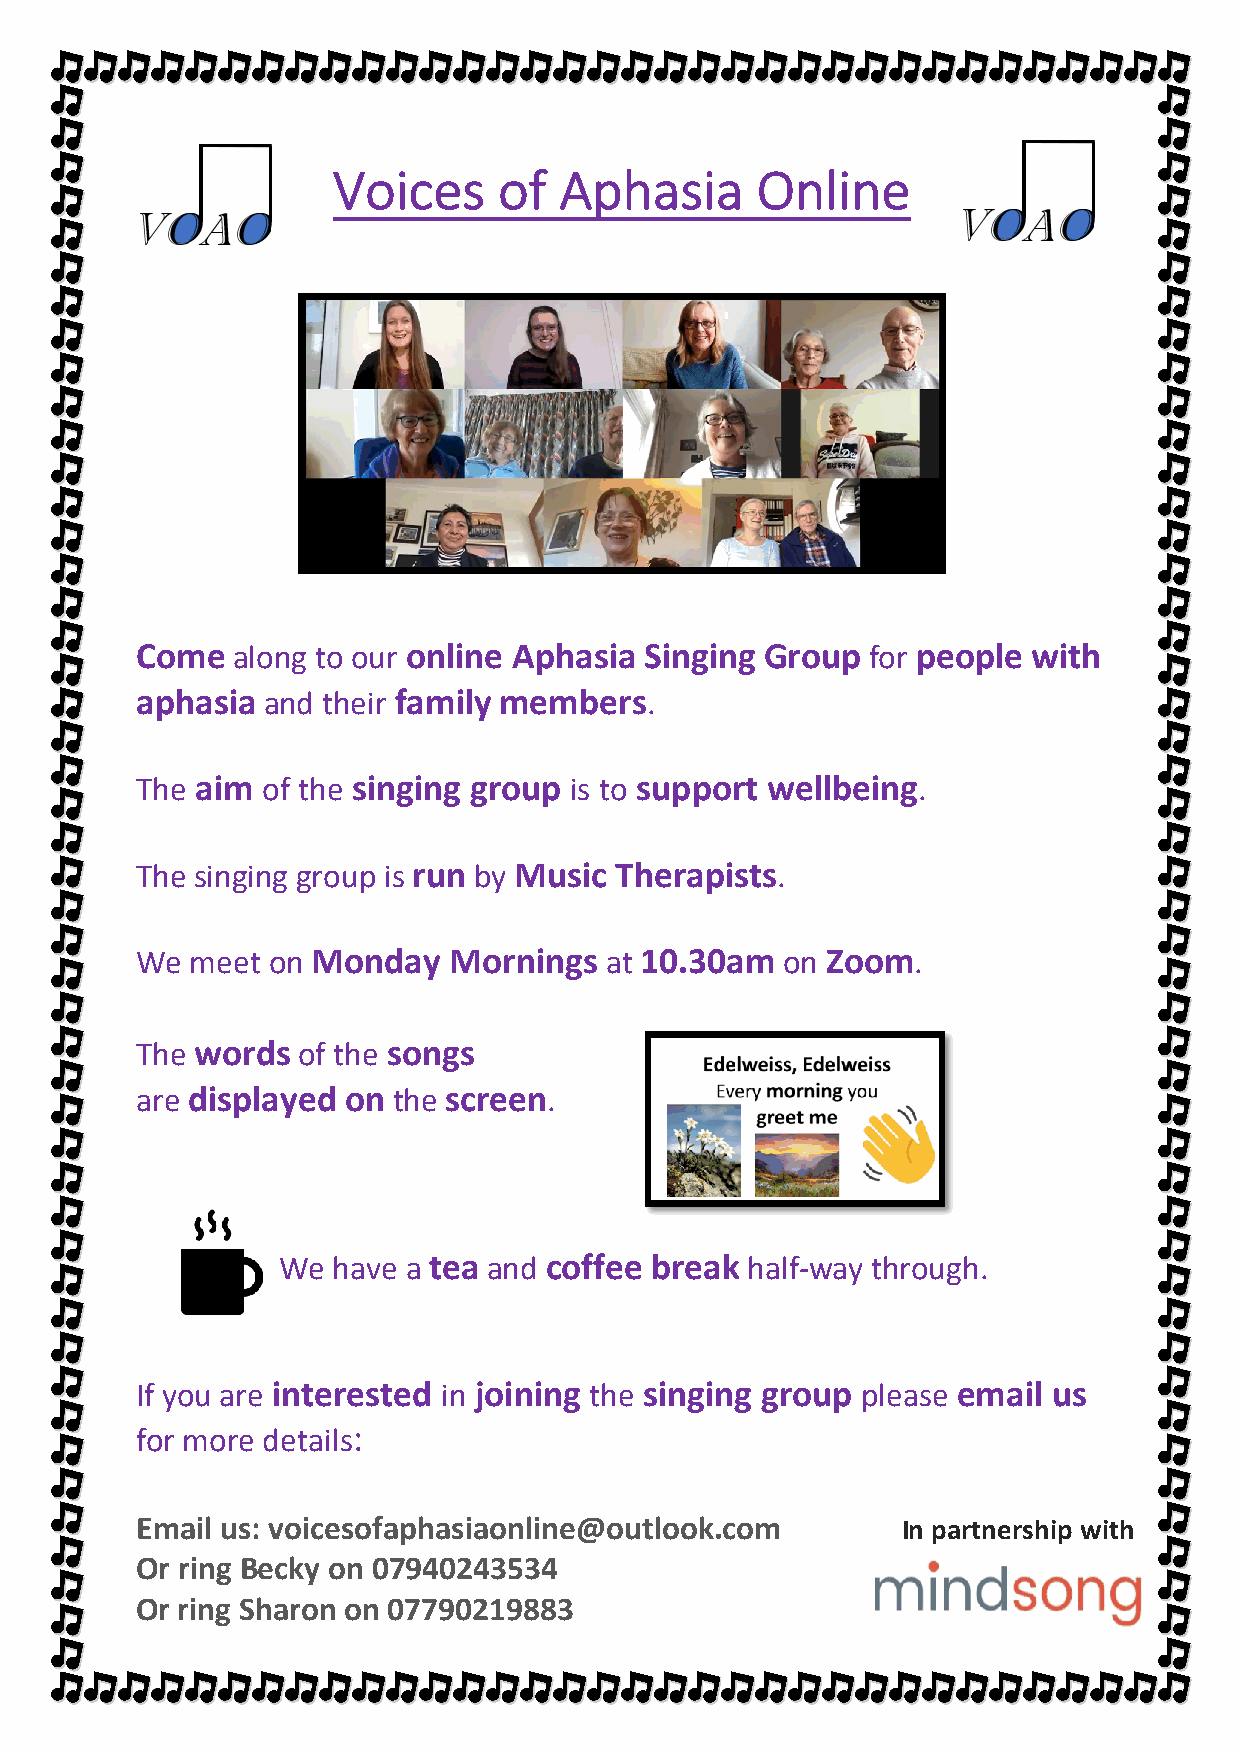
Voices     of  Aphasia      Online
 Come  along to our online Aphasia Singing Group for people with
 aphasia and their family members.
 The aim of the singing group is to support wellbeing.
 The singing group is run by Music Therapists.
 We  meet on Monday   Mornings  at 10.30am  on Zoom.
 The words  of the songs
 are displayed on the screen.
 We  have a tea and coffee break half-way through.
 If you are interested in joining the singing group please email us
 for more details:
 Email us: voicesofaphasiaonline@outlook.com        In partnership with
 Or ring Becky on 07940243534
 Or ring Sharon on 07790219883